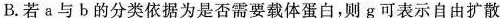
B.若a与b的分类依据为是否需要载体蛋白，则g可表示自由扩散